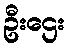
ဦးဌေး